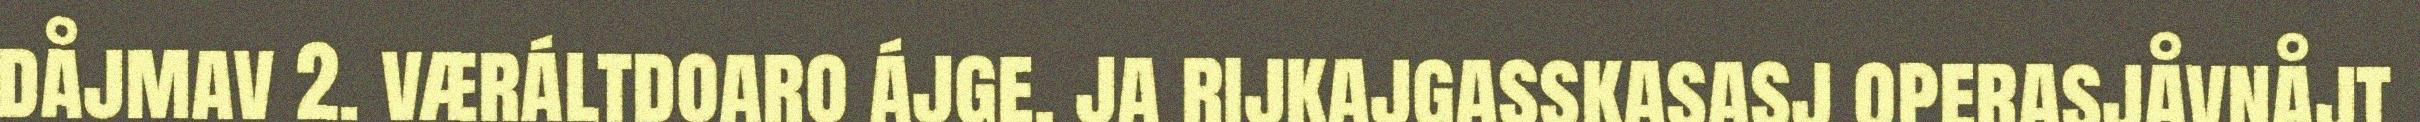
dåjmav 2. væráltdoaro ájge, ja rijkajgasskasasj operasjåvnåjt